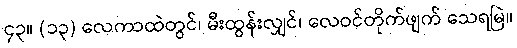
၄၃။ (၁၃) လေကာထဲတွင်၊ မီးထွန်းလျှင်၊ လေဝင်တိုက်ဖျက် သေရမြဲ။